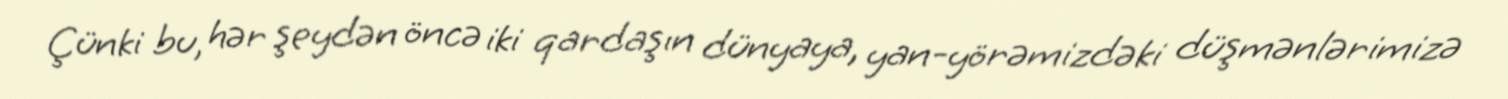
Çünki bu, hər şeydən öncə iki qardaşın dünyaya, yan-yörəmizdəki düşmənlərimizə